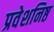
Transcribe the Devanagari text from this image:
प्रवेशनिष्ठ